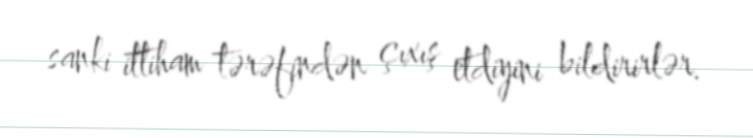
sanki ittiham tərəfindən çıxış etdiyini bildirirlər.